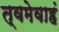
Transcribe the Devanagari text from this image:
त्वमेवाहं